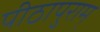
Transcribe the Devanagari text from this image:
पीठापुराम्‌